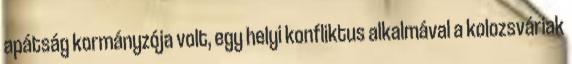
apátság kormányzója volt, egy helyi konfliktus alkalmával a kolozsváriak